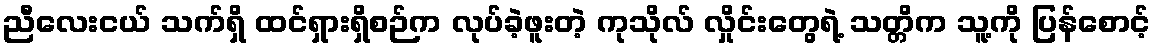
ညီလေးငယ် သက်ရှိ ထင်ရှားရှိစဉ်က လုပ်ခဲ့ဖူးတဲ့ ကုသိုလ် လှိုင်းတွေရဲ့ သတ္တိက သူ့ကို ပြန်စောင့်